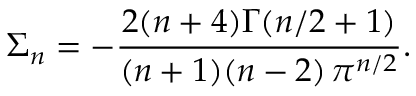
\Sigma _ { n } = - { \frac { 2 ( n + 4 ) \Gamma ( n / 2 + 1 ) } { ( n + 1 ) ( n - 2 ) \, \pi ^ { n / 2 } } } .